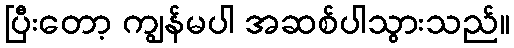
ပြီးတော့ ကျွန်မပါ အဆစ်ပါသွားသည်။